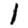
Digit: 1